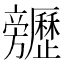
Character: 𣄬